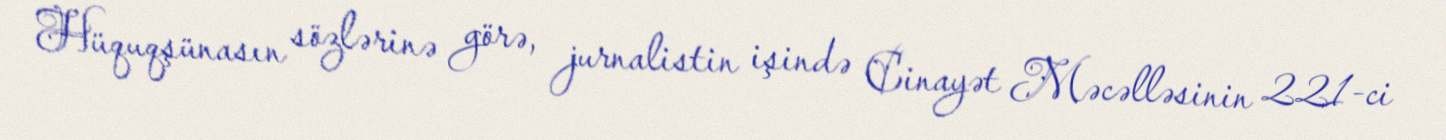
Hüquqşünasın sözlərinə görə, jurnalistin işində Cinayət Məcəlləsinin 221-ci